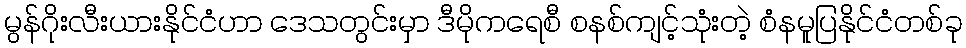
မွန်ဂိုးလီးယားနိုင်ငံဟာ ဒေသတွင်းမှာ ဒီမိုကရေစီ စနစ်ကျင့်သုံးတဲ့ စံနမူပြနိုင်ငံတစ်ခု